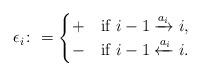
LaTeX: \begin{align*}\epsilon_i\colon= \begin{cases}+ & \textrm{if $i-1 \xrightarrow{a_i} i$}, \\- & \textrm{if $i-1 \xleftarrow{a_i} i$}.\end{cases}\end{align*}